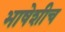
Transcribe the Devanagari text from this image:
भाषेशीच